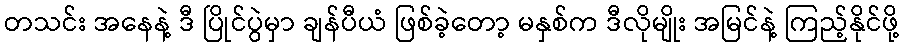
တသင်း အနေနဲ့ ဒီ ပြိုင်ပွဲမှာ ချန်ပီယံ ဖြစ်ခဲ့တော့ မနှစ်က ဒီလိုမျိုး အမြင်နဲ့ ကြည့်နိုင်ဖို့